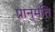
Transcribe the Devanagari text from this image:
प्रानुमति